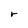
Character: r